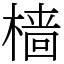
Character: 樯